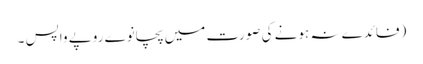
(فائدے نہ ہونے کی صورت میں پچانوے روپے واپس ۔